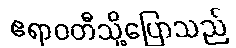
ဧရာဝတီသို့ပြောသည်